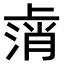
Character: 𫠸